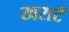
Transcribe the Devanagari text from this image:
खराटॅ